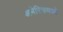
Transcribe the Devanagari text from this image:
अमेरिकमध्ये